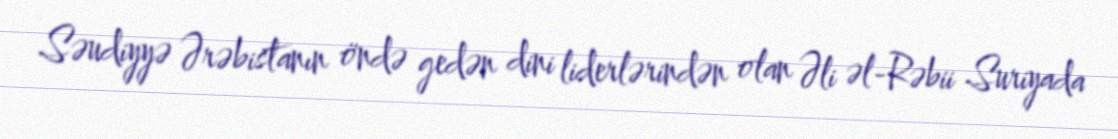
Səudiyyə Ərəbistanın öndə gedən dini liderlərindən olan Əli əl-Rəbii Suriyada